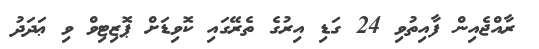
ރާއްޖެއިން ފާއިތުވި 24 ގަޑި އިރުގެ ތެރޭގައި ކޮވިޑަށް ޕޮޒިޓިވް ވި ޢަދަދު